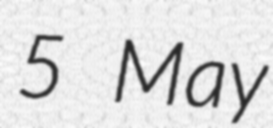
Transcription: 5 May